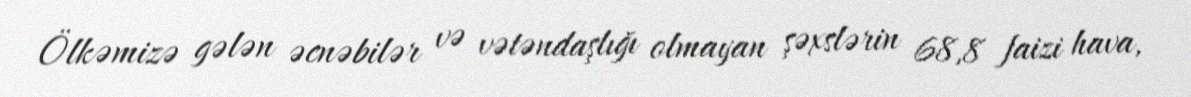
Ölkəmizə gələn əcnəbilər və vətəndaşlığı olmayan şəxslərin 68,8 faizi hava,